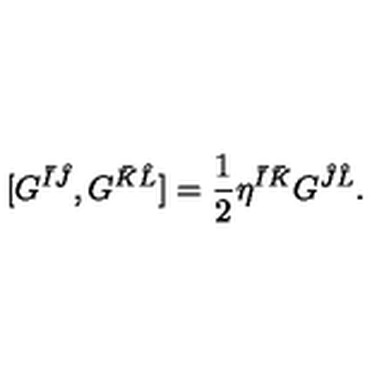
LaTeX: [ G ^ { \bar { I } \hat { J } } , G ^ { \bar { K } \hat { L } } ] = { \frac { 1 } { 2 } } \eta ^ { \bar { I } \bar { K } } G ^ { \hat { J } \hat { L } } .